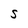
Character: S